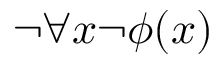
\neg \forall x \neg \phi ( x )